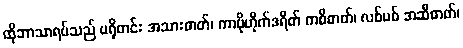
ထိုဘာသာရပ်သည် ပရိုတင်း အသားဓာတ်၊ ကာဗိုဟိုက်ဒရိတ် ကစီဓာတ်၊ လစ်ပစ် အဆီဓာတ်၊